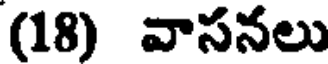
(18) వాసనలు